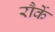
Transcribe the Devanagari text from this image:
रौर्के